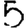
Digit: 5